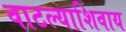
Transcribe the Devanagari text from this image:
वाटल्याशिवाय